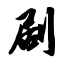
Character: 剧